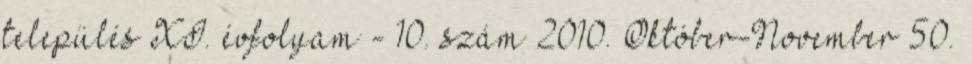
település XI. évfolyam - 10. szám 2010. Október-November 50.